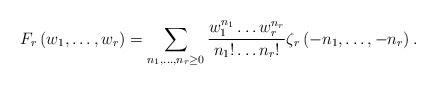
\begin{align*}F_{r}\left(w_{1},\dots,w_{r}\right)=\sum_{n_{1},\dots,n_{r}\ge0}\frac{w_{1}^{n_{1}}\dots w_{r}^{n_{r}}}{n_{1}!\dots n_{r}!}\zeta_{r}\left(-n_{1},\dots,-n_{r}\right).\end{align*}